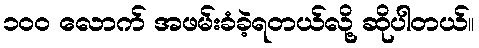
၁၀၀ လောက် အဖမ်းခံခဲ့ရတယ်လို့ ဆိုပါတယ်။